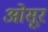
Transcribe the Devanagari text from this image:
ओसूर